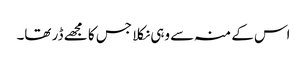
اس کے منہ سے وہی نکلا جس کا مجھے ڈر تھا۔